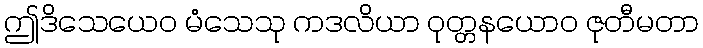
ဤဒိသေယေဝ မံသေသု ကဒလိယာ ဝုတ္တနယောဝ ဇုတီမတာ